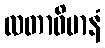
လတာဝိမာနံ